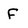
Character: F